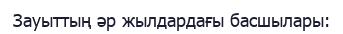
Зауыттың әр жылдардағы басшылары: